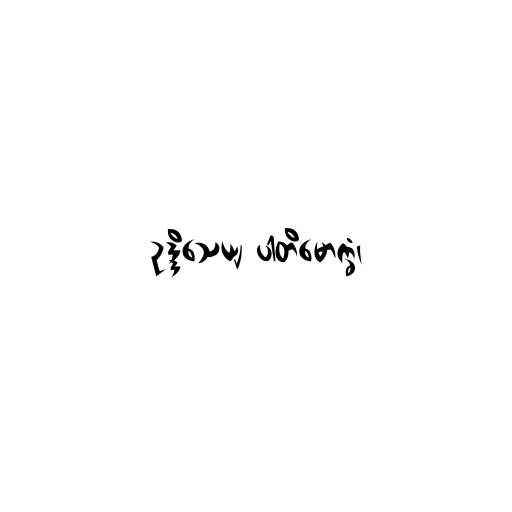
ဥဒ္ဒိသေယျ ပါတိမောက္ခံ၊